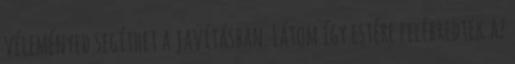
véleményed segíthet a javításban. Látom így estére felébredtek az